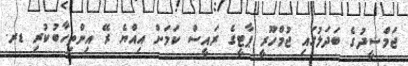
ޖަމްޝީދުގެ ބަދަލުގައި ޖުމްހޫރީ ޕާޓީގެ ރައީސް ކަމަށް އިއްޔެ ރޭ އިންތިހާބުކުރި ޑރ.